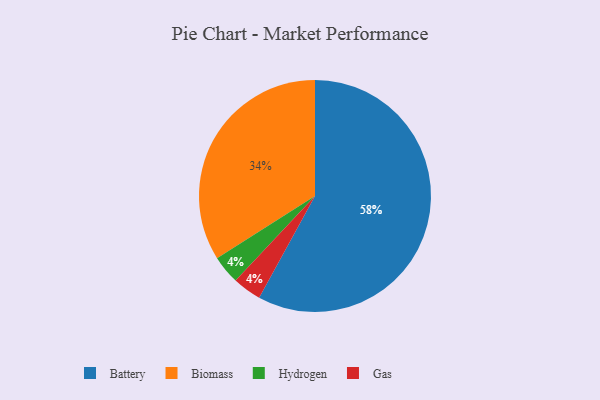
{"axis": {"x": "Category", "y": "Percentage"}, "legend": ["Battery", "Biomass", "Gas", "Hydrogen"], "data": [{"x": "Battery", "y": 58, "type": "Battery"}, {"x": "Hydrogen", "y": 4, "type": "Hydrogen"}, {"x": "Gas", "y": 4, "type": "Gas"}, {"x": "Biomass", "y": 34, "type": "Biomass"}]}